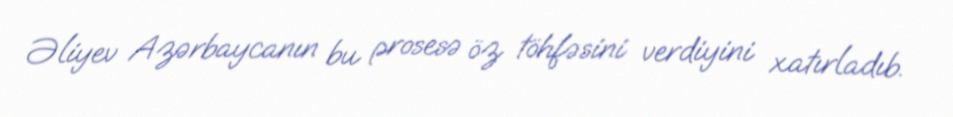
Əliyev Azərbaycanın bu prosesə öz töhfəsini verdiyini xatırladıb.